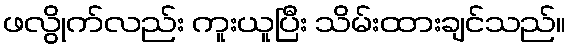
ဖလွိုက်လည်း ကူးယူပြီး သိမ်းထားချင်သည်။